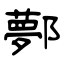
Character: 鄸